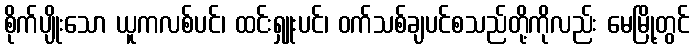
စိုက်ပျိုးသော ယူကလစ်ပင်၊ ထင်းရှူးပင်၊ ဝက်သစ်ချပင်စသည်တို့ကိုလည်း မေမြို့တွင်